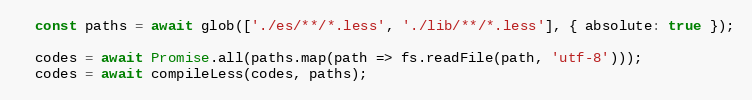
Language: JavaScript
  const paths = await glob(['./es/**/*.less', './lib/**/*.less'], { absolute: true });

  codes = await Promise.all(paths.map(path => fs.readFile(path, 'utf-8')));
  codes = await compileLess(codes, paths);